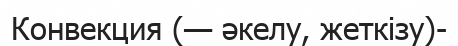
Конвекция (— әкелу, жеткізу)-